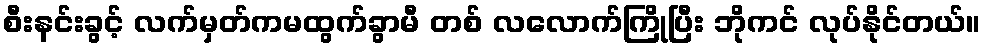
စီးနင်းခွင့် လက်မှတ်ကမထွက်ခွာမီ တစ် လလောက်ကြိုပြီး ဘိုကင် လုပ်နိုင်တယ်။